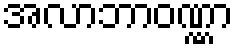
အလာဘာဝဏ္ဏာ